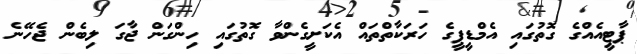
ޕާޓީއެއްގެ ގޮތުގައި އެމްޑީޕީގެ ހަރަކާތްތައް އެކަށީގެންވާ ގޮތުގައި ހިންގަން ޖާގަ ލިބެން ޖެހޭނެ